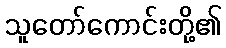
သူတော်ကောင်းတို့၏